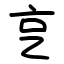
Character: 㐔